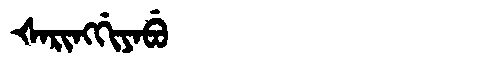
Manchu: ᡧᠠᡵᡳᠩᡤᡳᠶᠠᠪᡠ
Romanization: ŠARINGGIYABU